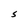
Character: S